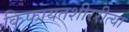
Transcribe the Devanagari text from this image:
किफायतशीररीत्या